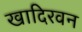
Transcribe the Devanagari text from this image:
खादिरवन